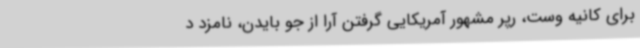
برای کانیه وست، رپر مشهور آمریکایی گرفتن آرا از جو بایدن، نامزد د